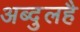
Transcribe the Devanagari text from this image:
अब्दुलहै